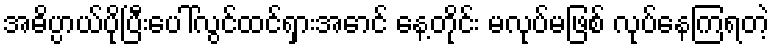
အဓိပ္ပာယ်ပိုပြီးပေါ်လွင်ထင်ရှားအောင် နေ့တိုင်း မလုပ်မဖြစ် လုပ်နေကြရတဲ့